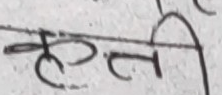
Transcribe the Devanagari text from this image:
न्हती